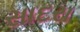
સાદરા